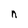
Character: n